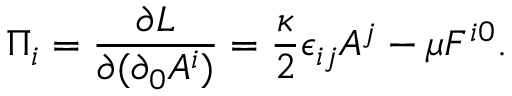
\Pi _ { i } = \frac { \partial { \cal L } } { \partial ( \partial _ { 0 } A ^ { i } ) } = \frac { \kappa } { 2 } \epsilon _ { i j } A ^ { j } - \mu F ^ { i 0 } .